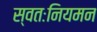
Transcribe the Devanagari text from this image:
स्वतःनियमन